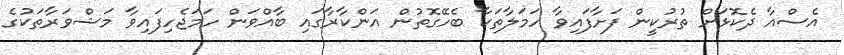
އެސްއާ ދެކޮޅަށް ތުރުކީން ފަށާފައިވާ ހަމަލާތަކާ ބެހޭގޮތުން އަންކާރާގައި ބާއްވަން ހަމަޖެހިފައިވާ މަޝްވަރާތަކުގެ